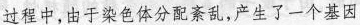
过程中，由于染色体分配紊乱，产生了一个基因